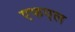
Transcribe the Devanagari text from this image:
एफएल